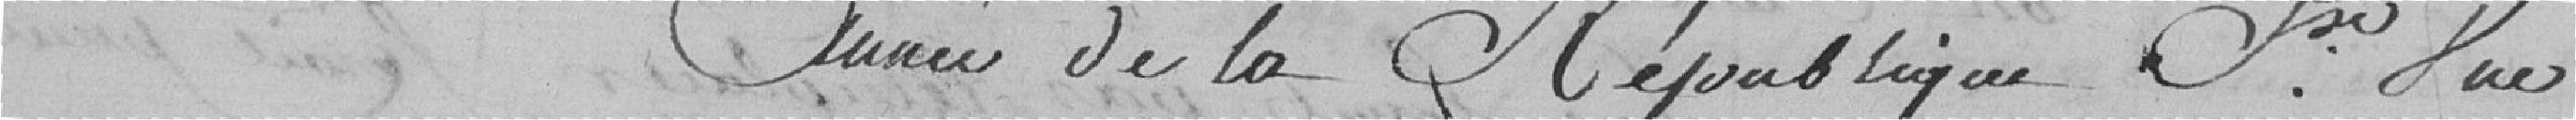
année de la République fse une